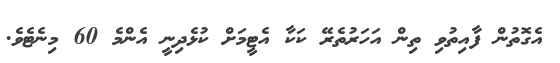
އެގޮތުން ފާއިތުވި ތިން އަހަރުތެރޭ ކަކާ އެޓީމަށް ކުޅެދިނީ އެންމެ 60 މިނެޓެވެ.